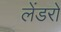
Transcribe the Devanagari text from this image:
लेंडरों